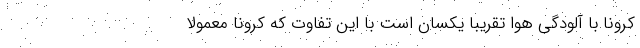
کرونا با آلودگی هوا تقریبا یکسان است با این تفاوت که کرونا معمولا